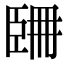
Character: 𦣧